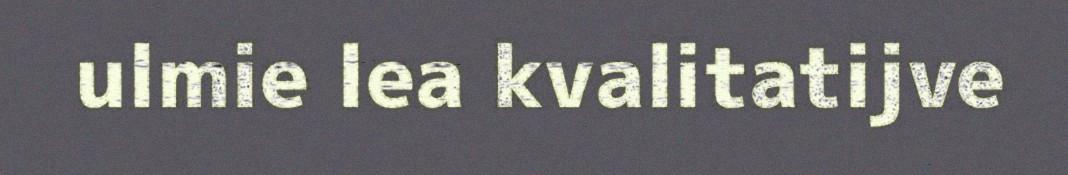
ulmie lea kvalitatijve